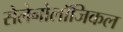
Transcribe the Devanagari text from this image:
सेलेनोलॉजिकल